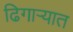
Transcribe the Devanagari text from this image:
ढिगाऱ्यात